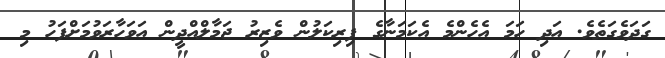
ގަދަވެގަތެވެ. އަދި ހަމަ އެހެންމެ އެކަމަނާގެ ފިރިކަލުން ވެޒިރު ޖަމާލްއްދީން އަވަހާރަވުމަށްފަހު މި